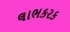
લાભકરક